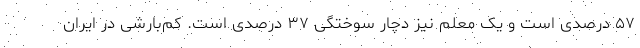
۵۷ درصدی است و یک معلم نیز دچار سوختگی ۳۷ درصدی است. کم‌بارشی در ایران